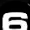
Digit: 6